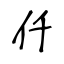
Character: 仟